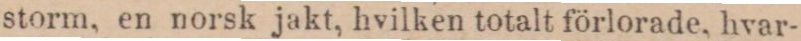
storm, en norsk jakt, hvilken totalt förlorade, hvar-